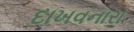
દાખવનારા